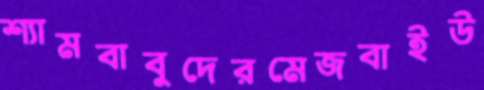
শ্যামবাবুদেরমেজবাইউ